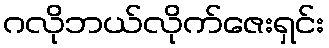
ဂလိုဘယ်လိုက်ဇေးရှင်း